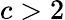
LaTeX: c>2